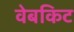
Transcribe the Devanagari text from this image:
वेबकिट